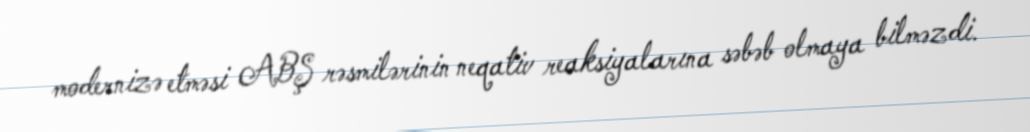
modernizə etməsi ABŞ rəsmilərinin neqativ reaksiyalarına səbəb olmaya bilməzdi.